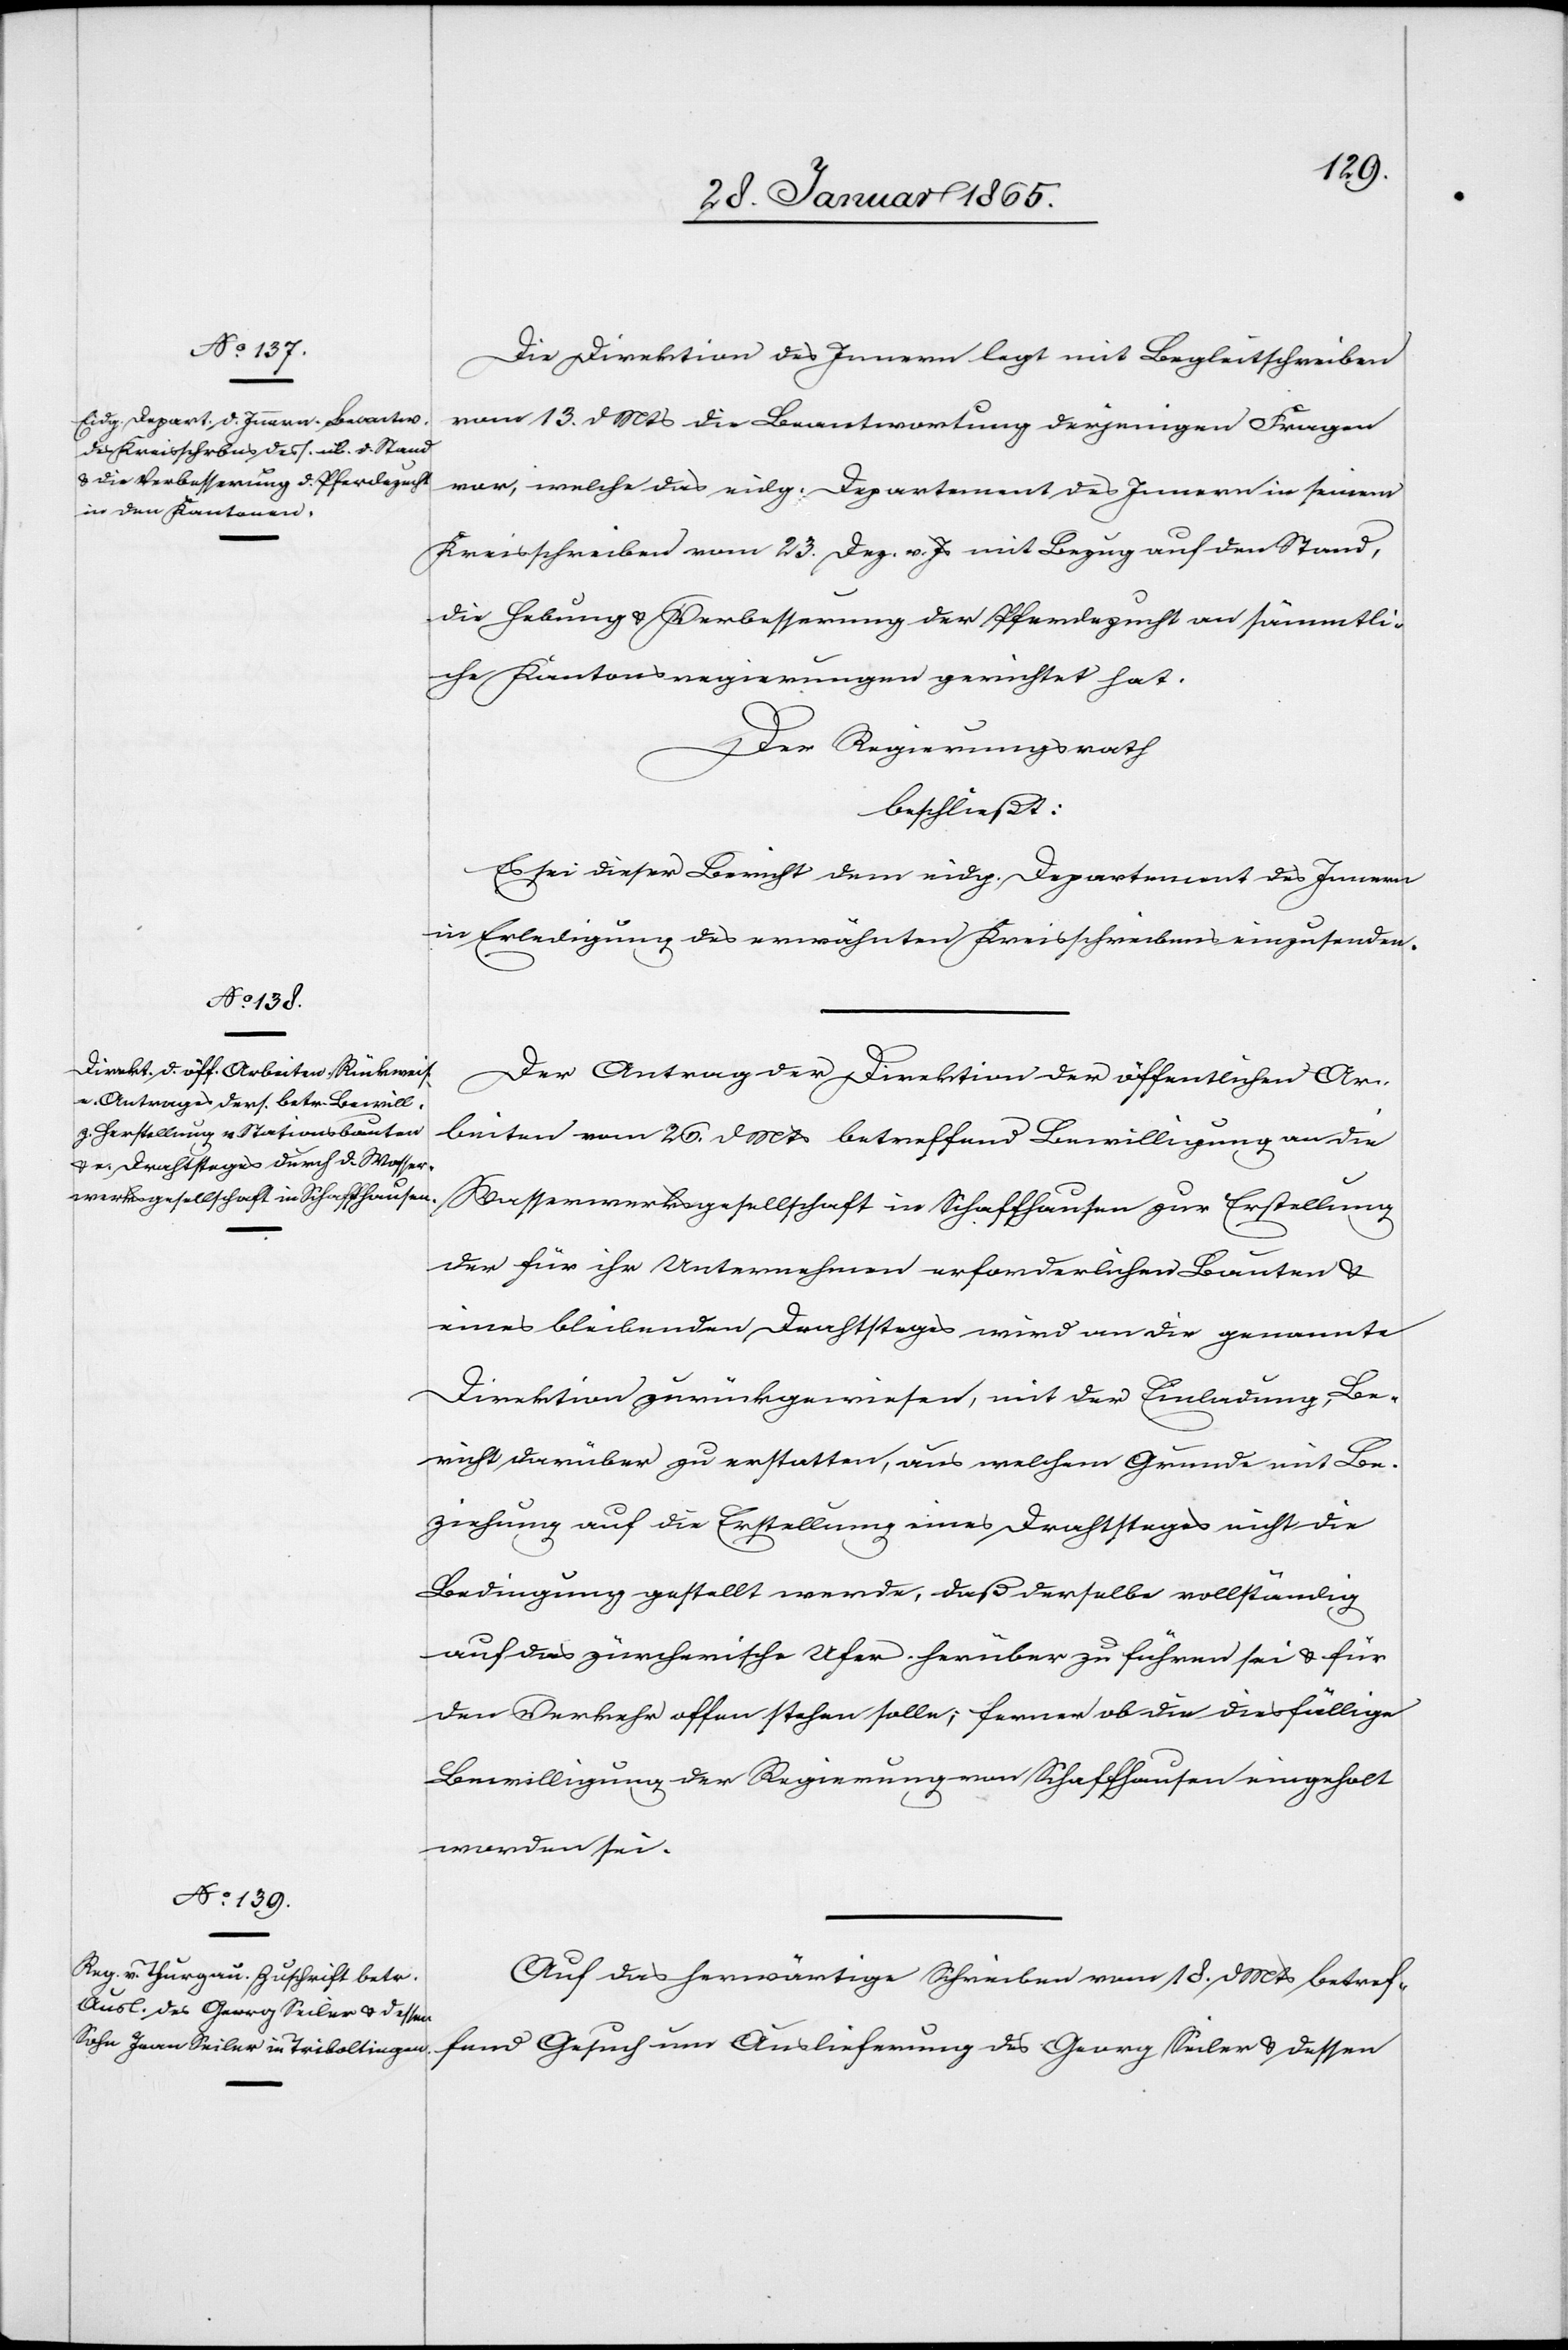
Die Direktion des Innern legt mit Begleitschreiben
vom 13. d. Mts die Beantwortung derjenigen Fragen
vor, welche das eidg. Departement des Innern in seinem
Kreisschreiben vom 23. Dez. v. Js mit Bezug auf den Stand,
die Hebung u. Verbesserung der Pferdezucht an sämmtlic¬
he Kantonsregierungen gerichtet hat.
Der Regierungsrath
beschließt:
Es sei dieser Bericht dem eidg. Departement des Innern
in Erledigung des erwähnten Kreisschreibens einzusenden.
Der Antrag der Direktion der öffentlichen Ar¬
beiten vom 26. d Mts betreffend Bewilligung an die
Wasserwerksgesellschaft in Schaffhausen zur Erstellung
der für ihr Unternehmen erforderlichen Bauten u.
eines bleibenden Drahtsteges wird an die genannte
Direktion zurückgewiesen, mit der Einladung, Be¬
richt darüber zu erstatten, aus welchem Grunde mit Be¬
ziehung auf die Erstellung eines Drahtsteges nicht die
Bedingung gestellt werde, daß derselbe vollständig
auf das zürcherische Ufer herüber zu führen sei u. für
den Verkehr offen stehen solle, ferner ob die diesfällige
Bewilligung der Regierung von Schaffhausen eingeholt
worden sei.
Auf das herwärtige Schreiben vom 18. d Mts betref¬
fend Gesuch um Auslieferung des Georg Seiler u. dessen